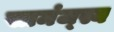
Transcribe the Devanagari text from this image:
सामंज्स्य